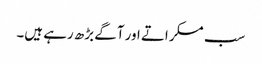
سب مسکراتے اور آگے بڑھ رہے ہیں۔